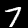
Digit: 7